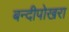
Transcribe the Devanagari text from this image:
बन्दीपोखरा